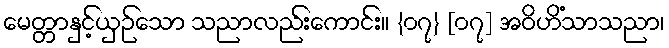
မေတ္တာနှင့်ယှဉ်သော သညာလည်းကောင်း။ {၀၇} [၀၇] အဝိဟိံသာသညာ၊